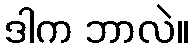
ဒါက ဘာလဲ။